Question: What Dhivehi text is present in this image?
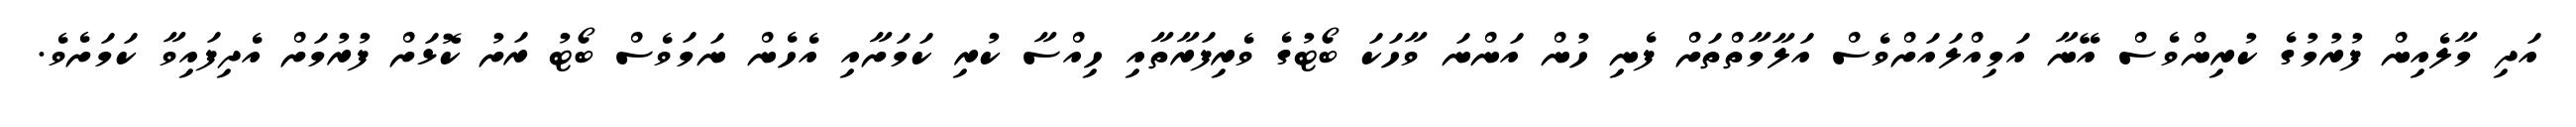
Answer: އަދި މާލެއިން ފުރުމުގެ ކުރިންވެސް އޭނާ އަމިއްލައަށްވެސް އަލާމާތްތަށް ފެނި ހުން އަންނަ ވާހަކަ ބޯޓުގެ ވެރިފަރާތާއި ހިއްސާ ކުރި ކަމަށާއި އެހެން ނަމަވެސް ބޯޓު ރަށު ކޮޅަށް ފުރުމަށް އެދިފައިވާ ކަމަށެވެ.